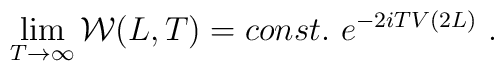
\lim_{T\to\infty}{\cal W}(L,T)=const.\  e^{-2i T V(2L)}\ .